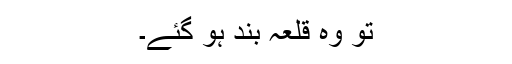
تو وہ قلعہ بند ہو گئے۔